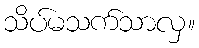
သိပ်မသက်သာလှ။